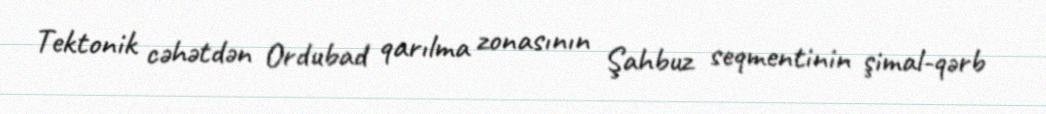
Tektonik cəhətdən Ordubad qarılma zonasının Şahbuz seqmentinin şimal-qərb